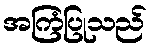
အကြံပြုသည်